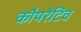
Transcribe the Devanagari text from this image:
कौपरेटिव